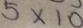
5 \times 1 0